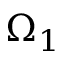
\Omega _ { 1 }